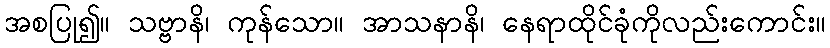
အစပြု၍။ သဗ္ဗာနိ၊ ကုန်သော။ အာသနာနိ၊ နေရာထိုင်ခုံကိုလည်းကောင်း။